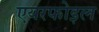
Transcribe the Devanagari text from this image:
एयरफोइल